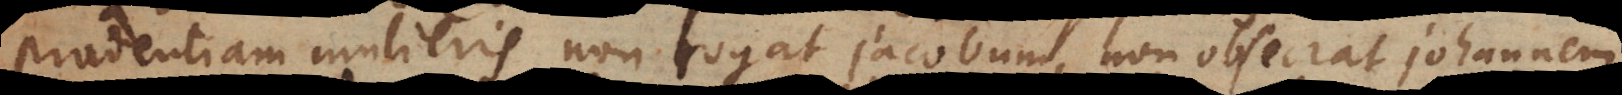
prudentiam mulieris, non rogat Jacobum, non obsecrat Johannem